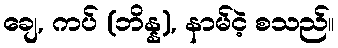
ချေ, ကပ် (ဘိန္န), နာမ်ငဲ့ စသည်။